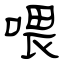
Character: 喂